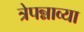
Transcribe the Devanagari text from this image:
त्रेपन्नाव्या